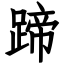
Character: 蹄